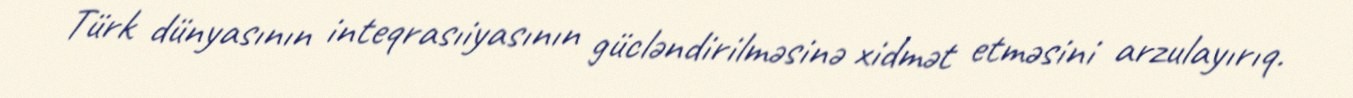
Türk dünyasının inteqrasıiyasının gücləndirilməsinə xidmət etməsini arzulayırıq.